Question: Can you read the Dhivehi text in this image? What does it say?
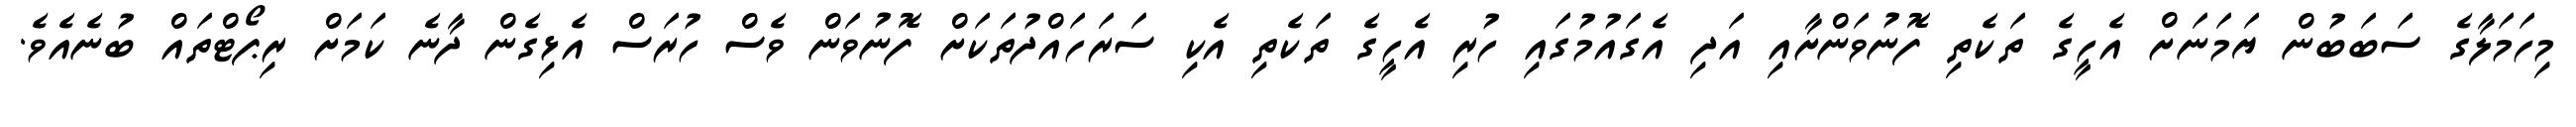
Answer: މިހަމަލާގެ ސަބަބުން ޔަމަނަށް އެހީގެ ތަކެތި ފޮނުވަންށާއި އަދި އެގައުމުގައި ހުރި އެހީގެ ތަކެތި އެކި ސަރަހައްދުތަކަށް ފޮނުވަން ވެސް ހުރަސް އެޅިގެން ދާނެ ކަމަށް ރިޕޯޓްތައް ބުނެއެވެ.